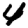
Digit: 4